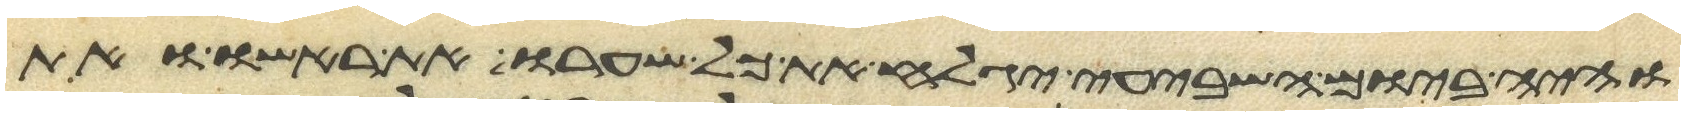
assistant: והיה ביום השביעי יגלח את כל שערו את ראשו ואת